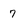
Character: 7